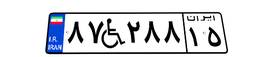
۸۷W۲۸۸۱۵